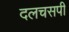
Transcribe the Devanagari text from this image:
दलचसपी